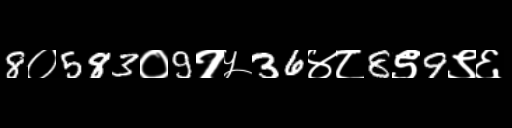
Text: 8०583०9१५36४८8९9९६